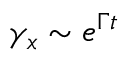
\gamma _ { x } \sim e ^ { \Gamma t }